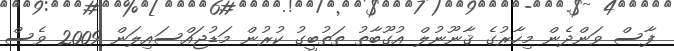
ފާސް ވަންދެން މިހާރުގެ ޤާނޫނުލް އުގޫބާތު ތަތުބީގު ކުރުން މަޑުޖައްސައިލަން 2009 ވެސް